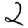
Digit: 2